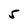
Character: 5